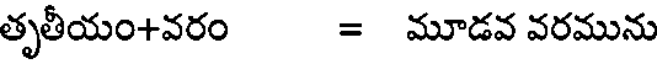
తృతీయం+వరం = మూడవ వరమును